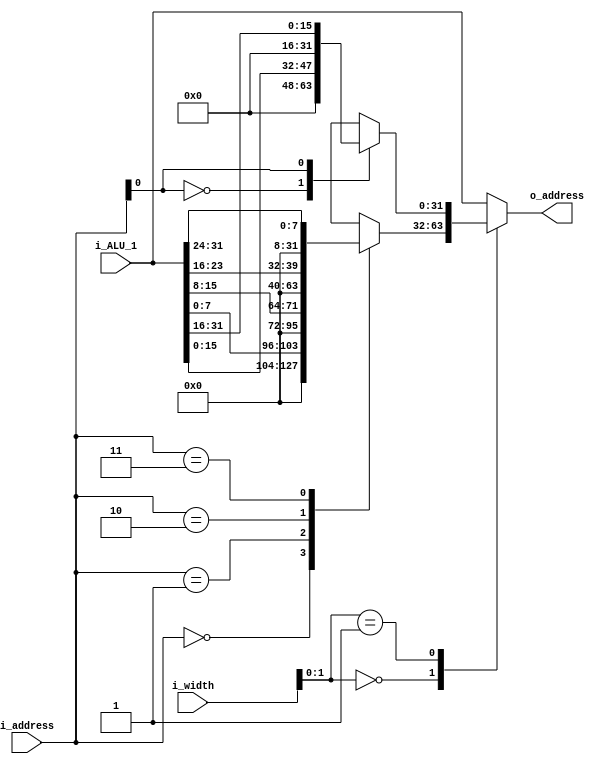
module vector_ALU0_1_address_alignment(
    input wire [2:0] i_width,
    input wire [1:0] i_address,
    input wire [31:0] i_ALU_1,
    output reg [31:0] o_address
);

always @(i_width[1:0] or i_address or i_ALU_1)
    case(i_width[1:0])
        2'b00:  case(i_address)
                    2'b00: o_address = {24'd0, i_ALU_1[7:0]};
                    2'b01: o_address = {24'd0, i_ALU_1[15:8]};
                    2'b10: o_address = {24'd0, i_ALU_1[23:16]};
                    2'b11: o_address = {24'd0, i_ALU_1[31:24]};
                endcase
        2'b01:  case(i_address[0])
                    1'b0: o_address = {16'd0, i_ALU_1[15:0]};
                    1'b1: o_address = {16'd0, i_ALU_1[31:16]};
                endcase
        2'b10:  o_address = i_ALU_1;
        default: o_address = i_ALU_1;
    endcase

endmodule